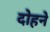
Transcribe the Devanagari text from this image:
दोहने